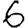
Digit: 6